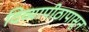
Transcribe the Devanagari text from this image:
दिव्यापीठापासून